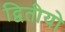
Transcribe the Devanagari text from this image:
द्वितीयो